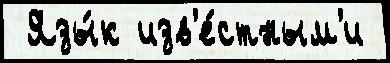
 Язы́к изв'е́стным'и